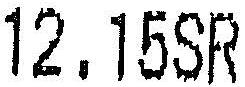
12.15SR